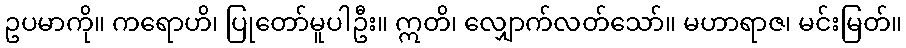
ဥပမာကို။ ကရောဟိ၊ ပြုတော်မူပါဦး။ ဣတိ၊ လျှောက်လတ်သော်။ မဟာရာဇ၊ မင်းမြတ်။